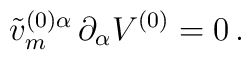
\tilde v_m^{(0)\alpha}\,\partial_\alpha V^{(0)}=0\,.